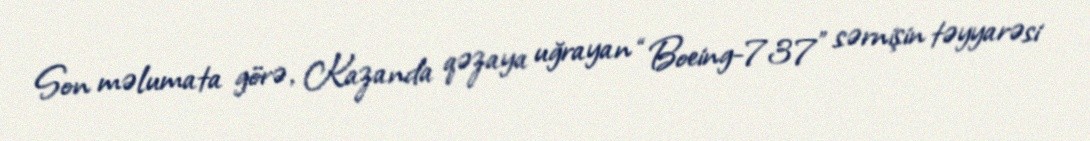
Son məlumata görə, Kazanda qəzaya uğrayan “Boeing-737” sərnişin təyyarəsi